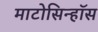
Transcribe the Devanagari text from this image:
माटोसिन्हॉस